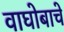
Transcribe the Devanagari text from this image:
वाघोबाचे